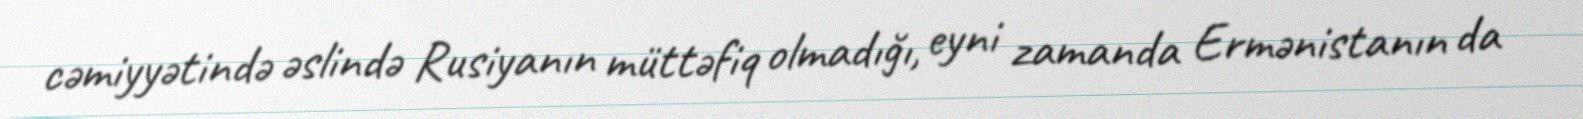
cəmiyyətində əslində Rusiyanın müttəfiq olmadığı, eyni zamanda Ermənistanın da